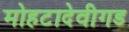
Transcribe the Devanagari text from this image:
मोहटादेवीगड